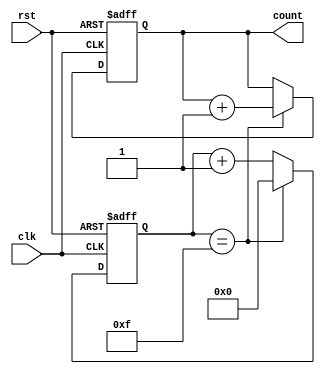
module cascaded_counter(
    input clk,
    input rst,
    
    output reg [N-1:0] count
);

parameter N = 4;    // Number of stages in the cascaded counter

reg [N-1:0] stage_count;

always @(posedge clk or posedge rst) begin
    if (rst) begin
        stage_count <= 0;
        count <= 0;
    end else begin
        if (stage_count == (2**N)-1) begin
            stage_count <= 0;
            count <= count + 1;
        end else begin
            stage_count <= stage_count + 1;
        end
    end
end

endmodule